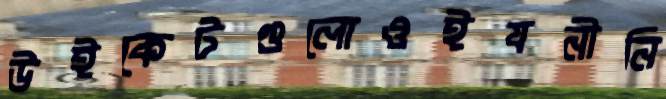
উইকেটগুলোওইযনীনি